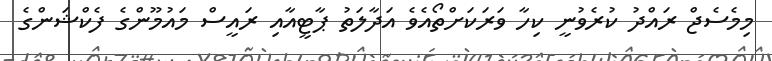
މިމެސެޖް ރައްދު ކުރެވުނީ ކިހާ ވަރަކަށްތޯއެވެ އަދާލަތު ޕާޓީއާއި ރައީސް މައުމޫންގެ ފެކްޝަންގެ